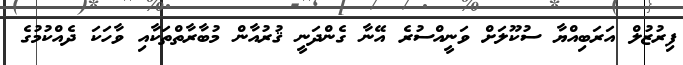
ފިރުޒުލް އަރަބިއްޔާ ސުކޫލަށް ވަނީއްސުރެ އޭނާ ގެންދަނީ ޤުރުއާން މުބާރާތްތަކާއި ވާހަކަ ދެއްކުމުގެ